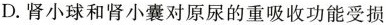
D.肾小球和肾小囊对原尿的重吸收功能受损